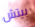
بيتش